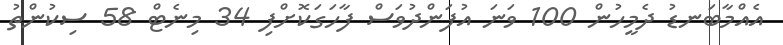
އެއްމާބަނޑު ދެމީހުން 100 ވަނަ އުފަންދުވަސް ފާހަގަކޮށްފި 34 މިނެޓް 58 ސިކުންތު